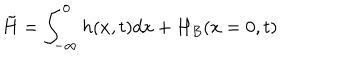
\tilde { H } = \int _ { - \infty } ^ { 0 } h ( x , t ) d x + H _ { B } ( x = 0 , t )